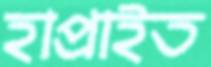
হাপ্‌রাইত